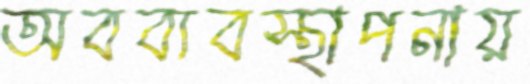
অবব্যবস্থাপনায়